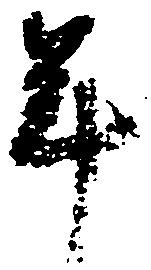
年